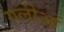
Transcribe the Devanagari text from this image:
गलीआं